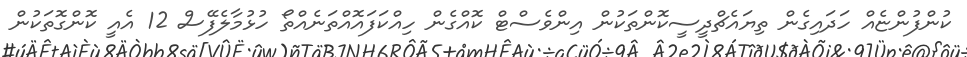
ކުންފުންޏެއް ހަދައިގެން ތިޔައެޗްދީސީކޮންތަކުން އިންވެސްޓް ކޮއްގެން ހިއްކަފައޮއްތަނެއްތޯ ހުޅުމާލެފޭސް 12 އެއީ ކޮންގޮތަކުން